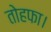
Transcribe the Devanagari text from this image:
तोहफा।